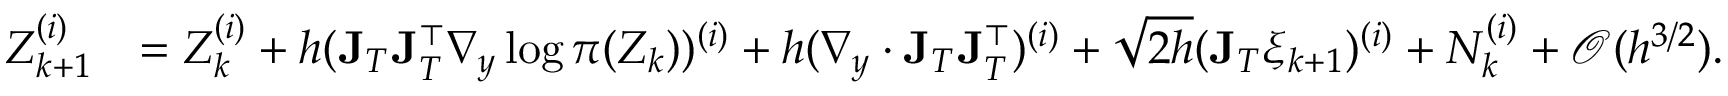
\begin{array} { r l } { Z _ { k + 1 } ^ { ( i ) } } & { = Z _ { k } ^ { ( i ) } + h ( \mathbf { J } _ { T } \mathbf { J } _ { T } ^ { \top } \nabla _ { y } \log \pi ( Z _ { k } ) ) ^ { ( i ) } + h ( \nabla _ { y } \cdot \mathbf { J } _ { T } \mathbf { J } _ { T } ^ { \top } ) ^ { ( i ) } + \sqrt { 2 h } ( \mathbf { J } _ { T } \xi _ { k + 1 } ) ^ { ( i ) } + N _ { k } ^ { ( i ) } + \mathcal { O } ( h ^ { 3 / 2 } ) . } \end{array}